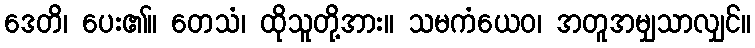
ဒေတိ၊ ပေး၏။ တေသံ၊ ထိုသူတို့အား။ သမကံယေဝ၊ အတူအမျှသာလျှင်။